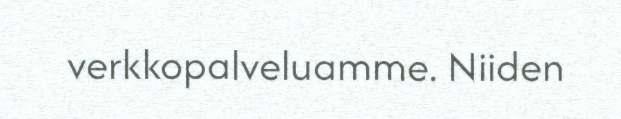
verkkopalveluamme. Niiden